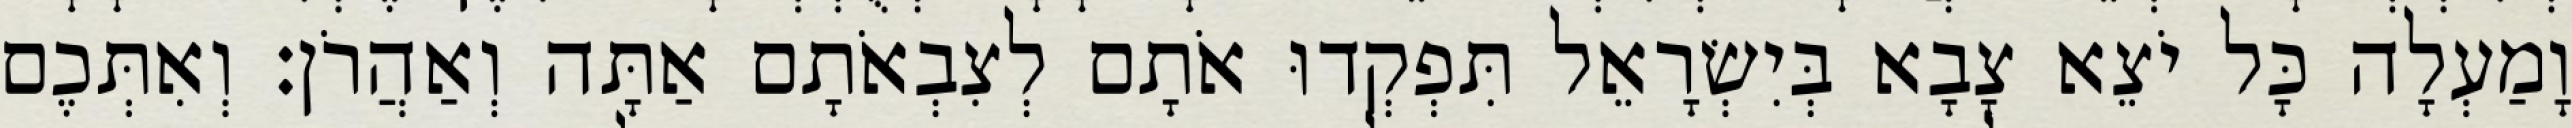
וָמַעְלָה כָּל יֹצֵא צָבָא בְּיִשְׂרָאֵל תִּפְקְדוּ אֹתָם לְצִבְאֹתָם אַתָּה וְאַהֲרֹן׃ וְאִתְּכֶם